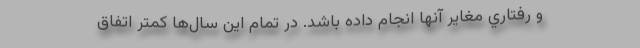
و رفتاري مغاير آنها انجام داده باشد. در تمام این سال‌ها کمتر اتفاق